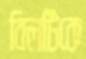
বিলটিকে